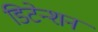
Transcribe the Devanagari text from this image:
डिटेन्शन